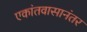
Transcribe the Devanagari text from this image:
एकांतवासानंतर